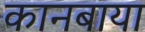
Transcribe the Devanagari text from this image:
कानबाया